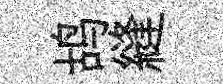
鸪縫